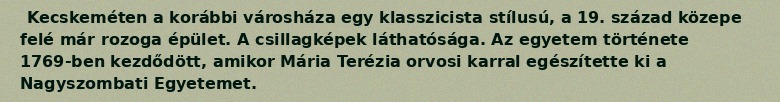
Kecskeméten a korábbi városháza egy klasszicista stílusú, a 19. század közepe felé már rozoga épület. A csillagképek láthatósága. Az egyetem története 1769-ben kezdődött, amikor Mária Terézia orvosi karral egészítette ki a Nagyszombati Egyetemet.